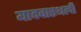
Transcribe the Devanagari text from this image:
यादवास्थली